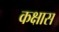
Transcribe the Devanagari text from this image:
कक्षास